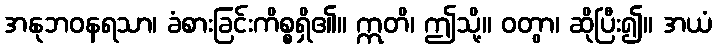
အနုဘဝနရသာ၊ ခံစားခြင်းကိစ္စရှိ၏။ ဣတိ၊ ဤသို့။ ဝတွာ၊ ဆိုပြီး၍။ အယံ